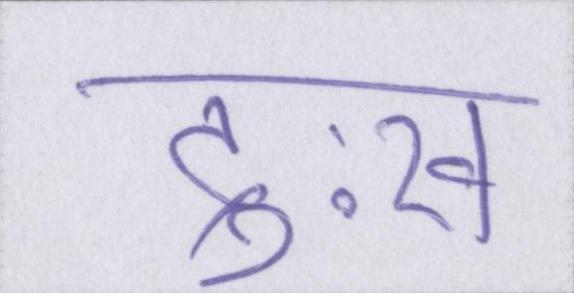
दुःख